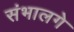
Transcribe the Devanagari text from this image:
संभालगे